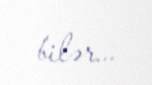
bilər...